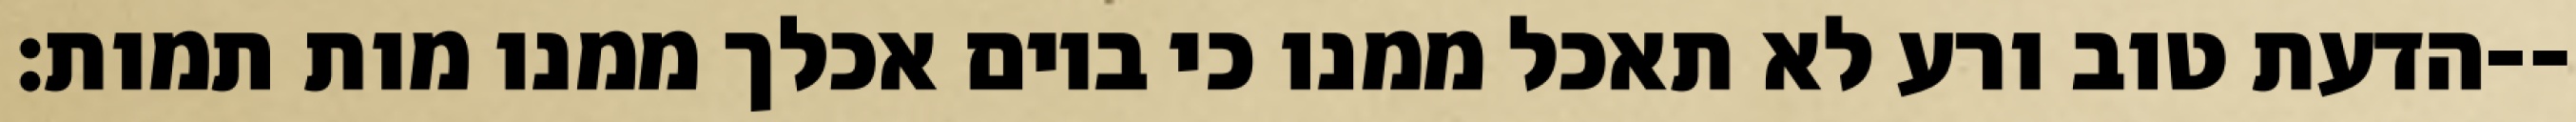
הדעת טוב ורע לא תאכל ממנו כי ביום אכלך ממנו מות תמות׃--